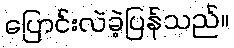
ပြောင်းလဲခဲ့ပြန်သည်။